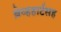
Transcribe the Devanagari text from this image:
ब्रेव्हहार्टसह